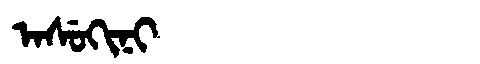
Manchu: ᠠᠰᡠᡴᡳᠨᡳ
Romanization: ASUKINI